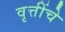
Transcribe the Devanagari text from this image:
वृत्तींचे